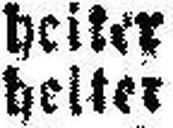
heiter